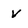
Character: V